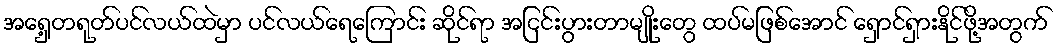
အရှေ့တရုတ်ပင်လယ်ထဲမှာ ပင်လယ်ရေကြောင်း ဆိုင်ရာ အငြင်းပွားတာမျိုးတွေ ထပ်မဖြစ်အောင် ရှောင်ရှားနိုင်ဖို့အတွက်